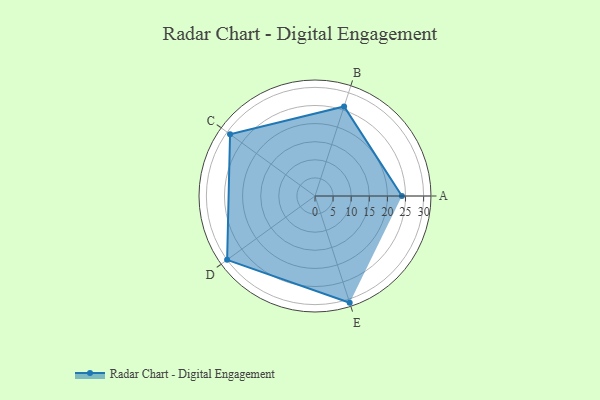
{"axis": {"x": "Skill", "y": "Score"}, "legend": ["Profile"], "data": [{"x": "A", "y": 24.0, "type": "Profile"}, {"x": "B", "y": 26.0, "type": "Profile"}, {"x": "C", "y": 29.0, "type": "Profile"}, {"x": "D", "y": 30.0, "type": "Profile"}, {"x": "E", "y": 31.0, "type": "Profile"}]}